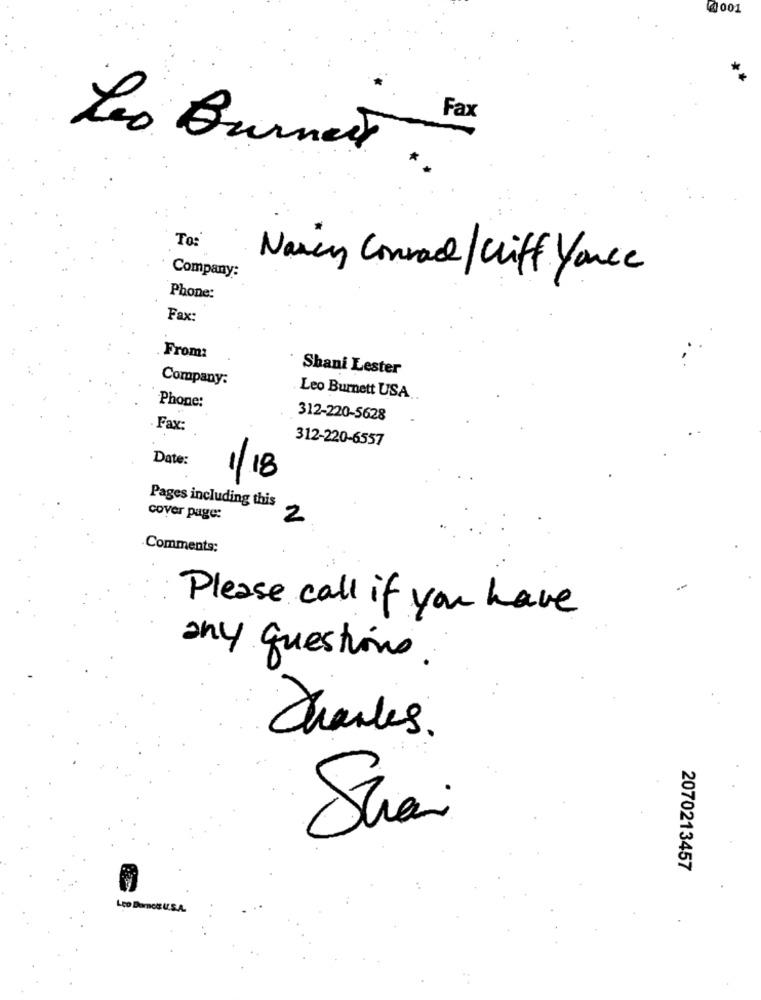
4001
Fax
Leo Burnett
To:
Nain Conrad/ Cliff Youce
Company:
Phone:
Fax:
From:
Shani Lester
Company:
Leo Burnett USA
Phone:
312-220-5628
Fax:
312-220-6557
Date:
/18
Pages including this
cover page:
2
Comments:
Please call if you have
any questions.
Thanks.
Shari
2070213457
Leo Burnett U.S.A.